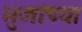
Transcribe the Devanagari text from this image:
भुजांच्या